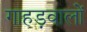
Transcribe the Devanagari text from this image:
गाहड़वालों